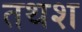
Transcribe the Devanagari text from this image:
तथश